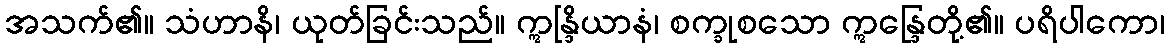
အသက်၏။ သံဟာနိ၊ ယုတ်ခြင်းသည်။ ဣန္ဒြိယာနံ၊ စက္ခုစသော ဣန္ဒြေတို့၏။ ပရိပါကော၊